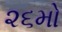
૨૬મો